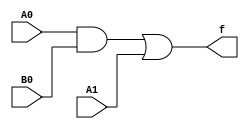
module function5(A0,A1,B0,f);
    input A0,A1,B0;
    output f;
    assign f = (A0&B0)|A1;
endmodule